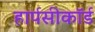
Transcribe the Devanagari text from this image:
हार्पसीकॉर्ड